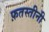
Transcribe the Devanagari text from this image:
फ़तस्तीनी